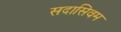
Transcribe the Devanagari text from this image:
सदासिवम